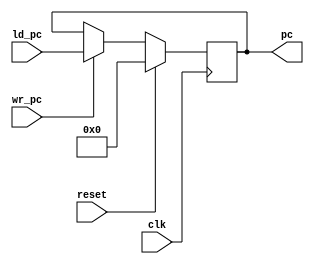

//////////////////////////////////////////////////////////////////////////////////
// Module Name:		program counter file
// Description: 	address operation
// 					
//
//
//////////////////////////////////////////////////////////////////////////////////

module pc(input clk,
    input reset,
	 input [15:0] ld_pc,
	 input wr_pc,
    output reg [15:0] pc);
	 
	 
	initial begin
	
		pc <= 16'h0000;
	end

	
	
	always @(posedge clk)
    begin
    	if (reset == 1)
    	begin
    		pc <= 16'h0000;
    	end
    	else
    	begin
			if (wr_pc == 1) begin
				pc <= ld_pc;
			end
    	end 

		//$display("PC=%h",PCResult);
    end

endmodule